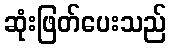
ဆုံးဖြတ်ပေးသည်